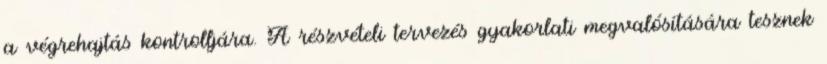
a végrehajtás kontrolljára. A részvételi tervezés gyakorlati megvalósítására tesznek